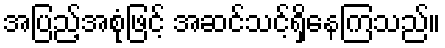
အပြည့်အစုံဖြင့် အဆင်သင့်ရှိနေကြသည်။